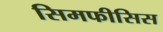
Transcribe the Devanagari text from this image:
सिमफीसिस